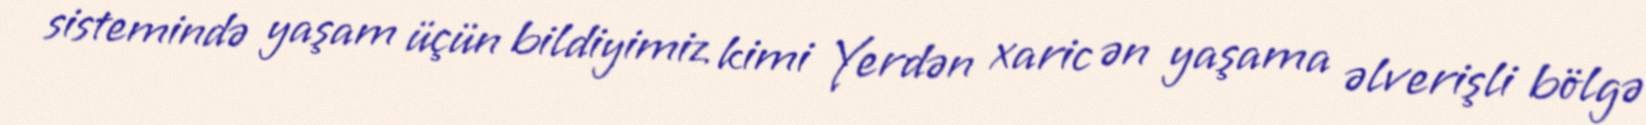
sistemində yaşam üçün bildiyimiz kimi Yerdən xaric ən yaşama əlverişli bölgə